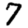
Digit: 7